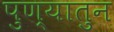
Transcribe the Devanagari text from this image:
पुण्यातुन